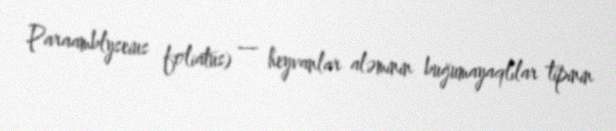
Paraamblyseius foliatus) — heyvanlar aləminin buğumayaqlılar tipinin